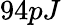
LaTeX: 94pJ